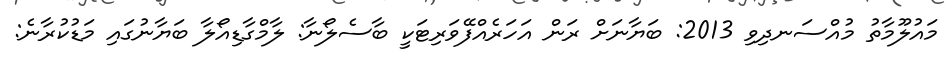
މައުލޫމާތު މުއްސަނދިވި 2013: ބަޔާނަށް ރަން އަހަރެއްފޭވަރިޓަކީ ބާސެލޯނާ: ލާމްގާޑިއޯލާ ބަޔާނުގައި މަޑުކުރާނެ: